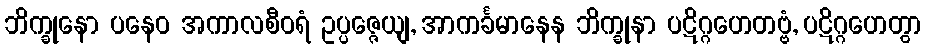
ဘိက္ခုနော ပနေဝ အကာလစီဝရံ ဥပ္ပဇ္ဇေယျ, အာကင်္ခမာနေန ဘိက္ခုနာ ပဋိဂ္ဂဟေတဗ္ဗံ, ပဋိဂ္ဂဟေတွာ